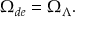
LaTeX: \Omega _ { d e } = \Omega _ { \Lambda } .